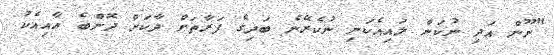
"ނޫން އަދި ނުކަން ލައިއެކަނި ނުކެރޭނެ ބަދިގެ ފަރާތަށް ދާކަށް ދޮންބެ އާއިއެކު